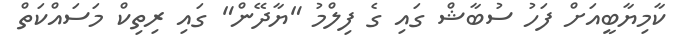
ކާމިޔާބީއަށް ފަހު ސުބާޝް ގައި ގެ ފިލްމު "ޔާދޭން" ގައި ރިތިކް މަސައްކަތް